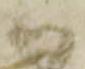
い